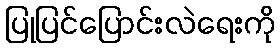
ပြုပြင်ပြောင်းလဲရေးကို